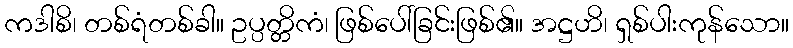
ကဒါစိ၊ တစ်ရံတစ်ခါ။ ဥပ္ပတ္တိကံ၊ ဖြစ်ပေါ်ခြင်းဖြစ်၏။ အဋ္ဌဟိ၊ ရှစ်ပါးကုန်သော။